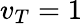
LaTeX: v_{T}=1